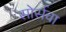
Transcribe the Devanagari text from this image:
सोर्सचा